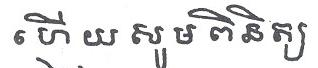
ហើយ សូម ពិនិត្យ